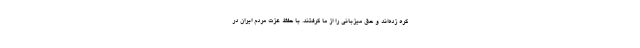
گره زده‌اند و حق میزبانی را از ما گرفتند. با حفظ عزت مردم ایران در